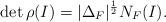
LaTeX: \begin{align*} \det \rho(I) = |\Delta_F|^{\frac{1}{2}}N_F(I).\end{align*}